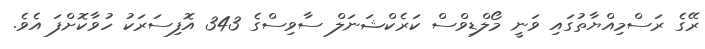
ރޭގެ ރަސްމިއްޔާތުގައި ވަނީ މޯލްޑިވްސް ކަރެކްޝަނަލް ސާވިސްގެ 343 އޮފިސަރަކު ހުވާކޮށްފަ އެވެ.